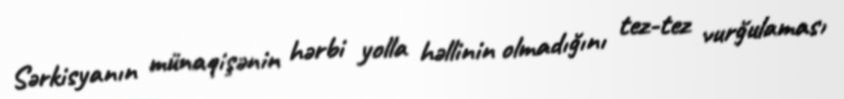
Sərkisyanın münaqişənin hərbi yolla həllinin olmadığını tez-tez vurğulaması